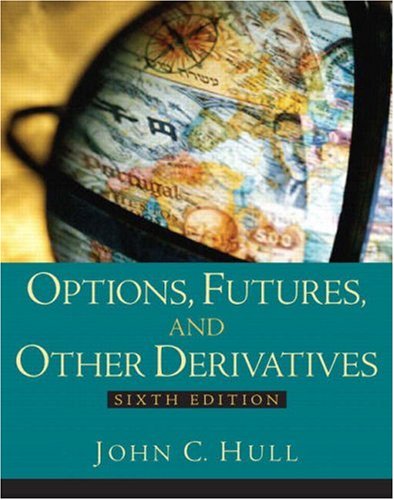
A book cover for Options, Futures and Other Derivatives (6th Edition); John C. Hull; Business & Money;